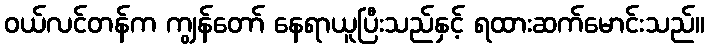
ဝယ်လင်တန်က ကျွန်တော် နေရာယူပြီးသည်နှင့် ရထားဆက်မောင်းသည်။